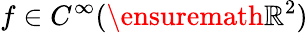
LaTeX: f\in C^{\infty}(\ensuremath{\mathbb{R}}^{2})